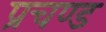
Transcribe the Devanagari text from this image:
प्रचण्‍ड